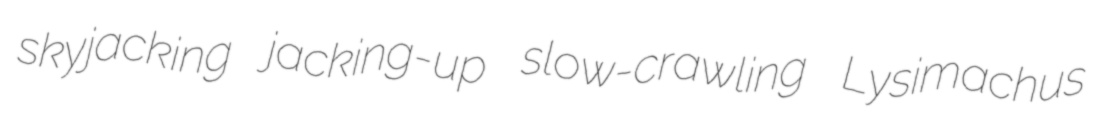
skyjacking jacking-up slow-crawling Lysimachus